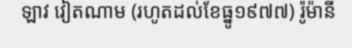
ឡាវ វៀតណាម (រហូតដល់ខែធ្នូ១៩៧៧) រ៉ូម៉ានី